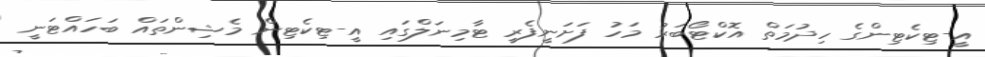
އީ-ޓިކެޓިންގެ ހިދުމަތް އޮކްޓޯބަރު މަހު ފަށަނީފެރީ ޓާމިނަލްގައި އީ-ޓިކެޓިން މެޝިންތައް ބަހައްޓަނީ